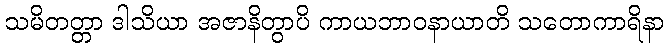
သမိတတ္တာ ဒါသိယာ အဇာနိတွာပိ ကာယဘာဝနာယာတိ သတောကာရိနာ